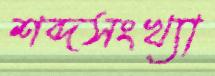
শব্দসংখ্যা